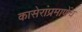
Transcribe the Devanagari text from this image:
कासेरांप्रमाणेंच